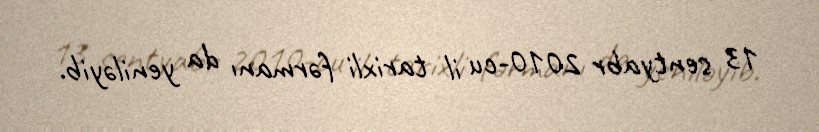
13 sentyabr 2010-cu il tarixli fərmanı da yeniləyib.